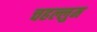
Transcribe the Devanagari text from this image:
चहल्लुम